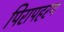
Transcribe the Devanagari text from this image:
पिरापहरण